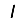
Digit: 1